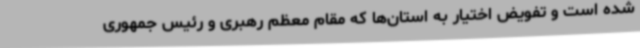
شده است و تفویض اختیار به استان‌ها که مقام معظم رهبری و رئیس جمهوری